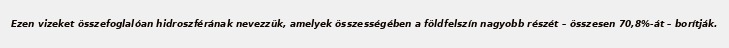
Ezen vizeket összefoglalóan hidroszférának nevezzük, amelyek összességében a földfelszín nagyobb részét – összesen 70,8%-át – borítják.